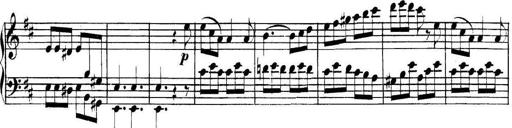
Title: Collected Piano Sonatas
Composer: Muzio Clementi